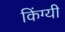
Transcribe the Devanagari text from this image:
किंग्यी